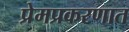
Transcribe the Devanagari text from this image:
प्रेमप्रकरणात